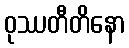
ဝုဿတီတိနော